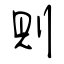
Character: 則